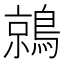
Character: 鶁